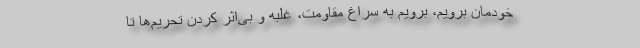
خودمان برویم، برویم به سراغ مقاومت، غلبه و بی‌اثر کردن تحریم‌ها تا